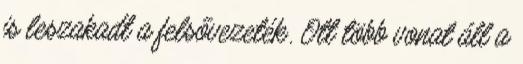
is leszakadt a felsővezeték. Ott több vonat áll a